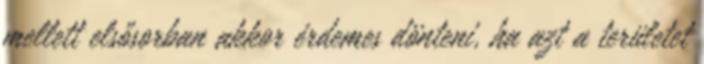
mellett elsősorban akkor érdemes dönteni, ha azt a területet